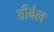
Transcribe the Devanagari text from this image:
शीबेल